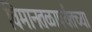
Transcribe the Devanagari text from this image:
विमानतळापर्यंतच्या